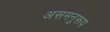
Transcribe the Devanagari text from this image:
असमनुरूप